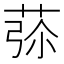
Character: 𦱨